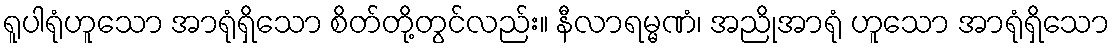
ရူပါရုံဟူသော အာရုံရှိသော စိတ်တို့တွင်လည်း။ နီလာရမ္မဏံ၊ အညိုအာရုံ ဟူသော အာရုံရှိသော